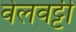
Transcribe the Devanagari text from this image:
वेलवट्टी